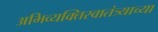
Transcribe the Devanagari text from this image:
अभिव्यक्तिस्वातंत्र्याच्या